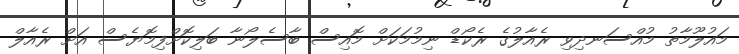
މައުލޫމާތު މުއްސަނދިވި ރެއާލުގެ ރެކޯޑް ނިމުމަކަށް މޮއިސް ބާސެލޯނާ ބަލިކޮށްފިމޮޔެސް އަށް ރެއާލް